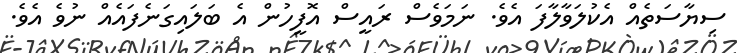
ސިޔާސަތެއް އެކުލަވާލާފަ އެވެ. ނަމަވެސް ރައީސް އޮފީހުން އެ ބަލައިގަނެފައެއް ނުވެ އެވެ.